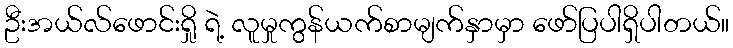
ဦးအယ်လ်ဖောင်းရှို ရဲ့ လူမှုကွန်ယက်စာမျက်နှာမှာ ဖော်ပြပါရှိပါတယ်။